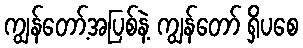
ကျွန်တော့်အပြစ်နဲ့ ကျွန်တော် ရှိပစေ